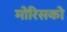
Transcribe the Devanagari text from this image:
मोरिसको